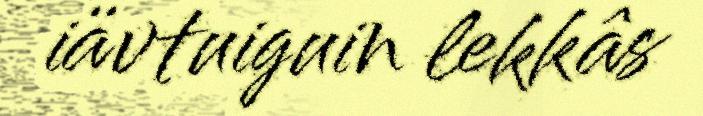
iävtuiguin lekkâs